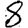
Digit: 8